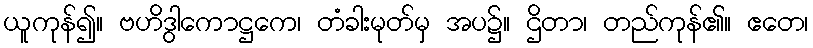
ယူကုန်၍။ ဗဟိဒွါကောဋ္ဌကေ၊ တံခါးမုတ်မှ အပ၌။ ဌိတာ၊ တည်ကုန်၏။ ဧတေ၊